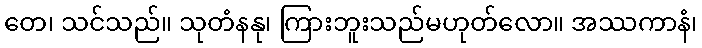
တေ၊ သင်သည်။ သုတံနနု၊ ကြားဘူးသည်မဟုတ်လော။ အဿကာနံ၊